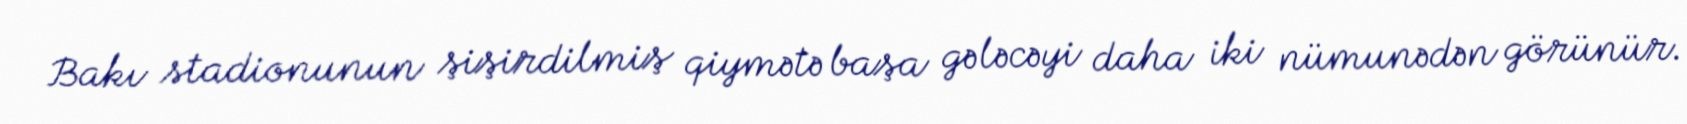
Bakı stadionunun şişirdilmiş qiymətə başa gələcəyi daha iki nümunədən görünür.